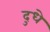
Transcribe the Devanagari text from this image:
दुधे